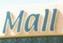
mall